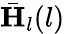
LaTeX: \bar{\mathbf{H}}_{l}(l)